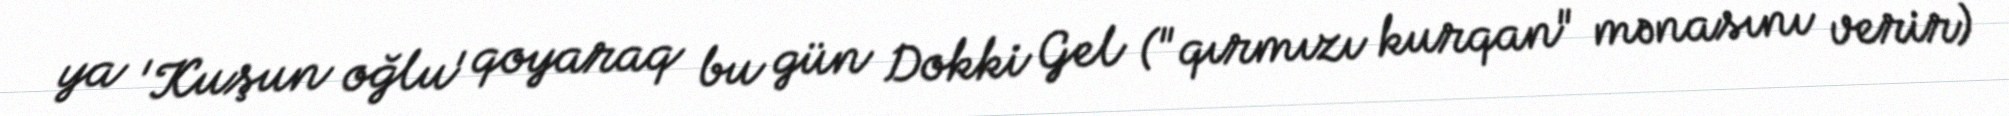
ya 'Kuşun oğlu' qoyaraq bu gün Dokki Gel ("qırmızı kurqan" mənasını verir)